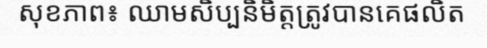
សុខភាព៖ ឈាមសិប្បនិមិត្តត្រូវបានគេផលិត